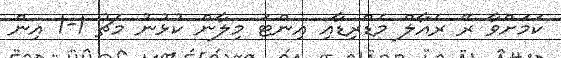
ކަމަށްވާ ރޭ ރެއާލް މެޑްރިޑާއި އިންޓަ މިލާން ކުޅުނު މެޗު 1-1 އިން